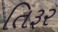
તિરૂર